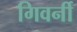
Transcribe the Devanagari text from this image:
गिवर्नी